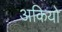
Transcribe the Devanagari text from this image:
अकियो